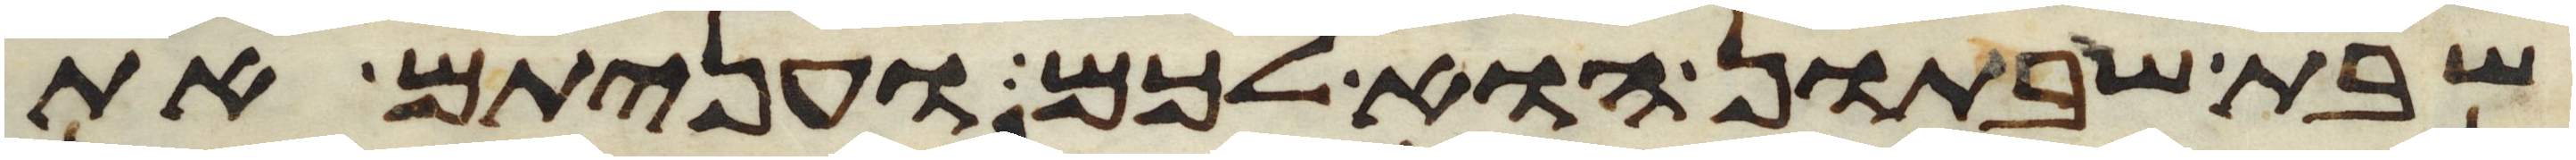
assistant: שבת שבתון הוא לכם ועניתם את